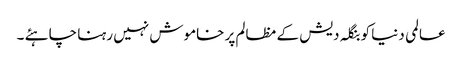
عالمی دنیا کو بنگلہ دیش کے مظالم پر خاموش نہیں رہنا چاہئے ۔